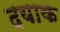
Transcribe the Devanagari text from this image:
दयाक